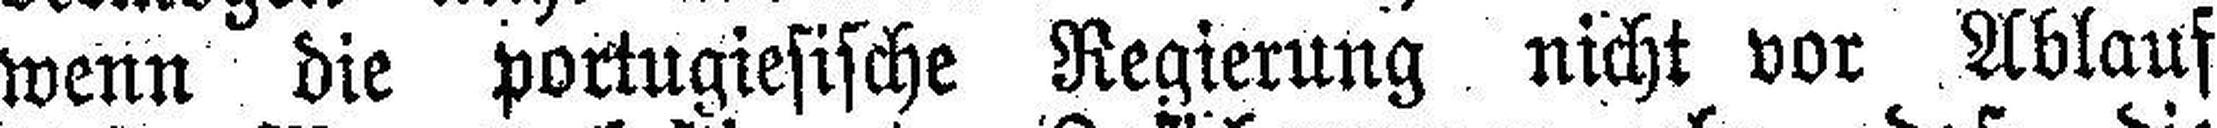
wenn die portugiesische Regierung nicht vor Ablauf